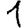
Digit: 1